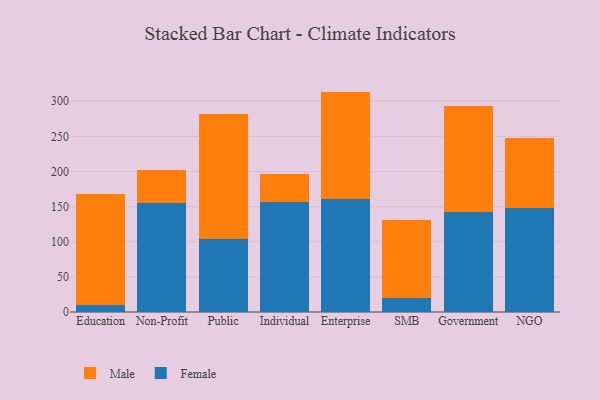
{"axis": {"x": "Segment", "y": "Backlog"}, "legend": ["Female", "Male"], "data": [{"x": "Education", "y": 9.4, "type": "Female"}, {"x": "Education", "y": 158.4, "type": "Male"}, {"x": "Non-Profit", "y": 155.1, "type": "Female"}, {"x": "Non-Profit", "y": 47.0, "type": "Male"}, {"x": "Public", "y": 103.5, "type": "Female"}, {"x": "Public", "y": 178.7, "type": "Male"}, {"x": "Individual", "y": 156.8, "type": "Female"}, {"x": "Individual", "y": 39.3, "type": "Male"}, {"x": "Enterprise", "y": 161.0, "type": "Female"}, {"x": "Enterprise", "y": 152.8, "type": "Male"}, {"x": "SMB", "y": 19.4, "type": "Female"}, {"x": "SMB", "y": 111.1, "type": "Male"}, {"x": "Government", "y": 141.7, "type": "Female"}, {"x": "Government", "y": 151.0, "type": "Male"}, {"x": "NGO", "y": 148.3, "type": "Female"}, {"x": "NGO", "y": 99.7, "type": "Male"}]}